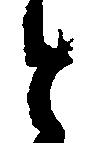
と